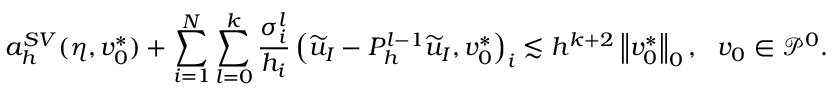
a _ { h } ^ { S V } ( \eta , v _ { 0 } ^ { * } ) + \sum _ { i = 1 } ^ { N } \sum _ { l = 0 } ^ { k } \frac { \sigma _ { i } ^ { l } } { h _ { i } } \left( \widetilde { u } _ { I } - P _ { h } ^ { l - 1 } \widetilde { u } _ { I } , v _ { 0 } ^ { * } \right) _ { i } \lesssim h ^ { k + 2 } \left\lVert v _ { 0 } ^ { * } \right\rVert _ { 0 } , \ \ v _ { 0 } \in \mathcal { P } ^ { 0 } .